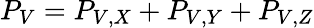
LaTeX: P_{V}=P_{V,X}+P_{V,Y}+P_{V,Z}